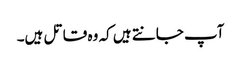
آپ جانتے ہیں کہ وہ قاتل ہیں۔